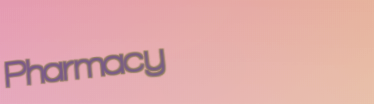
Pharmacy